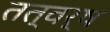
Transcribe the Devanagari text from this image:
तत्वर्ष